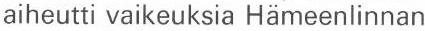
aiheutti vaikeuksia Hämeenlinnan